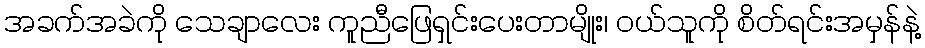
အခက်အခဲကို သေချာလေး ကူညီဖြေရှင်းပေးတာမျိုး၊ ၀ယ်သူကို စိတ်ရင်းအမှန်နဲ့